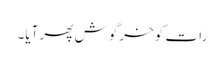
رات کو خرگوش پھر آیا۔